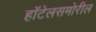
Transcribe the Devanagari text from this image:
हॉटेलसमोरील